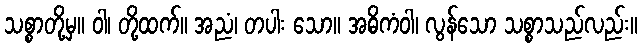
သစ္စာတို့မှ။ ဝါ၊ တို့ထက်။ အညံ၊ တပါး သော။ အဓိကံဝါ၊ လွန်သော သစ္စာသည်လည်း။